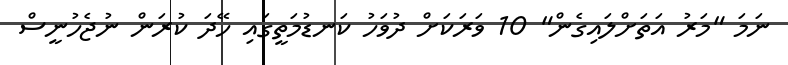
ނަމަ "މަރު އަތަށްލައިގެން" 10 ވަރަކަށް ދުވަހު ކަނޑުމަތީގައި ހޭދަ ކުރަން ނުޖެހުނީސް